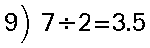
9) 7÷2=3.5